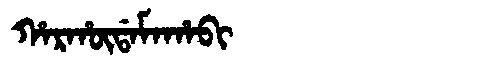
Manchu: ᡥᠠᡵᡥᡡᡩᠠᠮᠠᡥᠠᠪᡳ
Romanization: HARHŪDAMAHABI